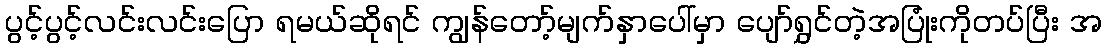
ပွင့်ပွင့်လင်းလင်းပြော ရမယ်ဆိုရင် ကျွန်တော့်မျက်နှာပေါ်မှာ ပျော်ရွှင်တဲ့အပြုံးကိုတပ်ပြီး အ